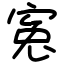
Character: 寃